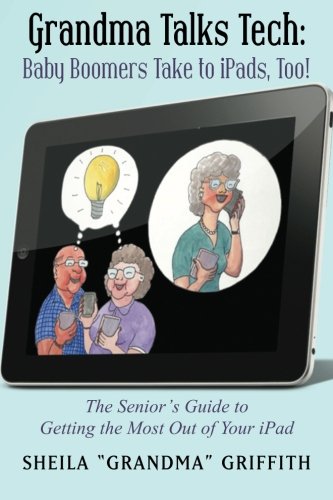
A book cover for Grandma Talks Tech:  Baby Boomers Take to iPads, Too!: The Senior's Guide to Getting the Most Out of Your iPad; Sheila "Grandma" Griffith; Computers & Technology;